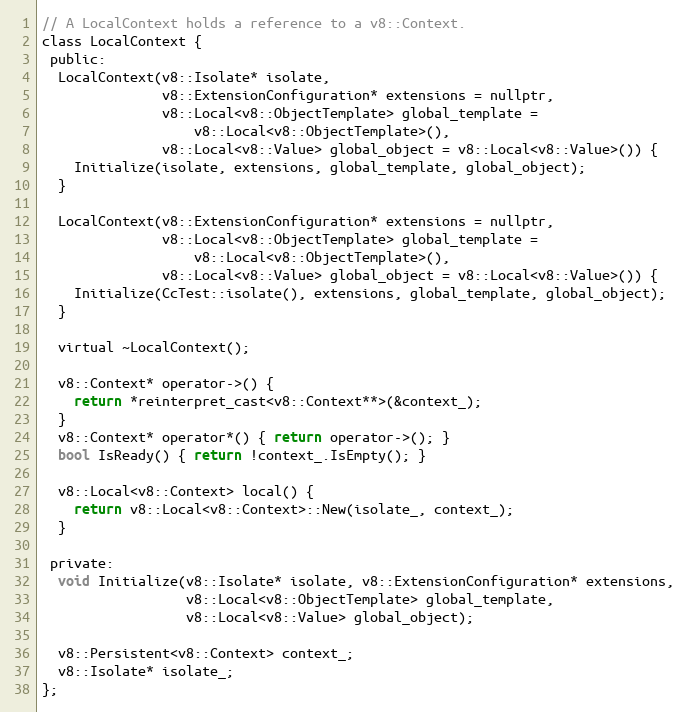
Language: C
// A LocalContext holds a reference to a v8::Context.
class LocalContext {
 public:
  LocalContext(v8::Isolate* isolate,
               v8::ExtensionConfiguration* extensions = nullptr,
               v8::Local<v8::ObjectTemplate> global_template =
                   v8::Local<v8::ObjectTemplate>(),
               v8::Local<v8::Value> global_object = v8::Local<v8::Value>()) {
    Initialize(isolate, extensions, global_template, global_object);
  }

  LocalContext(v8::ExtensionConfiguration* extensions = nullptr,
               v8::Local<v8::ObjectTemplate> global_template =
                   v8::Local<v8::ObjectTemplate>(),
               v8::Local<v8::Value> global_object = v8::Local<v8::Value>()) {
    Initialize(CcTest::isolate(), extensions, global_template, global_object);
  }

  virtual ~LocalContext();

  v8::Context* operator->() {
    return *reinterpret_cast<v8::Context**>(&context_);
  }
  v8::Context* operator*() { return operator->(); }
  bool IsReady() { return !context_.IsEmpty(); }

  v8::Local<v8::Context> local() {
    return v8::Local<v8::Context>::New(isolate_, context_);
  }

 private:
  void Initialize(v8::Isolate* isolate, v8::ExtensionConfiguration* extensions,
                  v8::Local<v8::ObjectTemplate> global_template,
                  v8::Local<v8::Value> global_object);

  v8::Persistent<v8::Context> context_;
  v8::Isolate* isolate_;
};